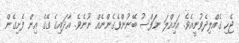
ޖެހި ގެއްލިދެވުނީއެވެ. އަމިއްލަ ނަފްސު ބޭނުންވެގެންނެއް ނޫނެވެ. އާދައިގެ ގޭގެ އިން ފެށިގެން